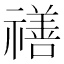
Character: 𥛶